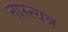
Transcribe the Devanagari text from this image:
नास्त्यत्र